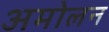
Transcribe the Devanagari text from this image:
अमोलन